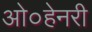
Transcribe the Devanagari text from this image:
ओ०हेनरी